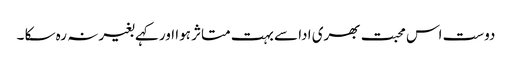
دوست اس محبت بھری ادا سے بہت متاثر ہوا اور کہے بغیر نہ رہ سکا ۔